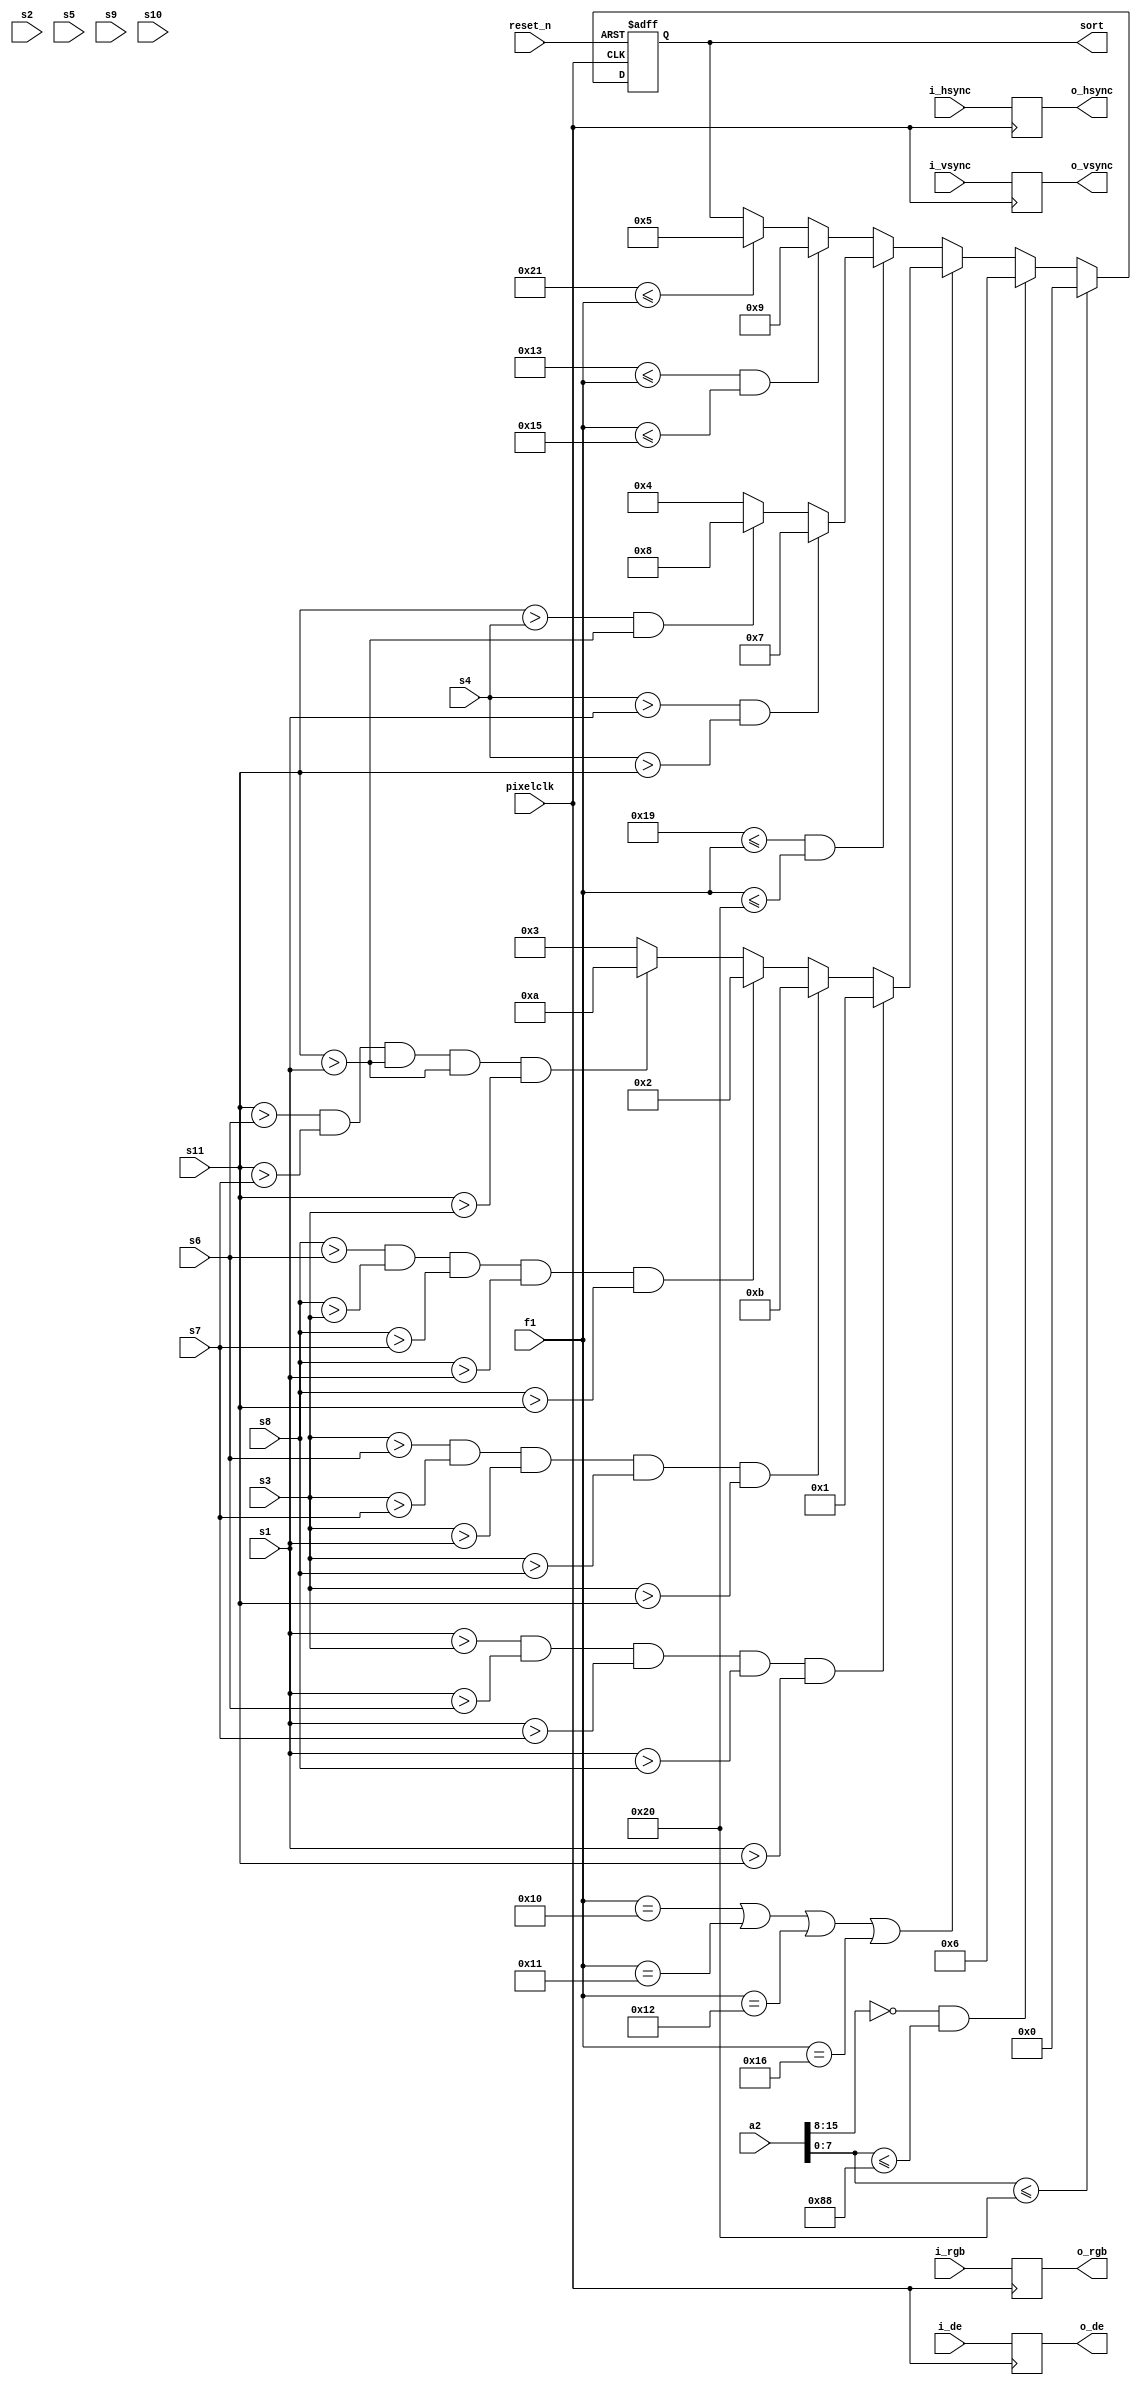

module judge_features_1(
        
       input						        pixelclk,
	   input                                reset_n,
  	   input          [23:0]                i_rgb,
	   input						        i_hsync,
	   input							    i_vsync,
	   input							    i_de,

       input       [15:0]                   a2,	               
       input       [7:0]                    f1,
       input       [23:0]                   s1,
       input       [23:0]                   s2,
       input       [23:0]                   s3,
       input       [23:0]                   s4,
       input       [23:0]                   s5,
       input       [23:0]                   s6,
       input       [23:0]                   s7,
       input       [23:0]                   s8,
       input       [23:0]                   s9,
       input       [23:0]                   s10,
       input       [23:0]                   s11,
                   
       output      [3:0]                    sort,
       output      [23:0]                   o_rgb,
	   output							    o_hsync,
	   output							    o_vsync,                                                                                                  
	   output						        o_de




 );

reg[23:0]                 i_rgb_r;
	
reg                       hsync_r;
reg                       vsync_r;
reg                       de_r;
reg [3:0]                 sort1;
       
always @(posedge pixelclk) begin
  hsync_r <= i_hsync;
  vsync_r <= i_vsync;
  de_r    <= i_de;
  i_rgb_r <=i_rgb;

end

assign o_hsync = hsync_r;
assign o_vsync = vsync_r;
assign o_de    = de_r;
assign o_rgb   = i_rgb_r; 
assign sort=sort1;



always @(posedge pixelclk or negedge reset_n)

 begin

      if(!reset_n)
      
        sort1<=4'd0;
      else if(a2[7:0]<=8'h20) 

                      sort1<= 'd0;
        	
      
       else if(a2[15:8]==0&&a2[7:0]<=8'h88)  
     
       	         sort1<=4'd6;
                        
			   else begin
                     if(f1==8'h10||f1==8'h11||f1==8'h12||f1==8'h16)  begin

                        if(s1>s3&&s1>s6&&s1>s7&&s1>s8&&s1>s11) 

                          begin  
					    
                           sort1<=4'd1;

                           end
                        else  if(s3>s6&&s3>s7&&s3>s1&&s3>s8&&s3>s11)  
                        
  					       sort1<=4'd11;	
				       
                        else if(s8>s6&&s8>s3&&s8>s7&&s8>s1&&s8>s11) 
                          
					      sort1<=4'd2;
                       
                        else if(s11>s6&&s11>s7&&s11>s1&&s11>s1&&s11>s3) 

                          begin  
                       
                          sort1<=4'd10;
						  
                          end              
                        else  
                          
					      sort1<=4'd3;
                        end 
                  else if( 8'h19 <= f1 && f1 <=8'h20)  begin
				  
                       if(s4>s1&&s4>s11)  
                       
					   sort1<=4'd7;
                     
                      else if(s11>s4&&s11>s1)
                       
					   sort1<=4'd8;
                      
                      else 
                       
					   sort1<=4'd4; //3 6 7
                                   
                   end

		         else if(8'h13 <= f1 &&f1<=8'h15)  begin

                           sort1<=4'd9;


	                   end
					   
		        else  if( 8'h21 <= f1)  
                    
					sort1<=4'd5;
             			       			  
			 else  sort1 <= sort1 ;
        end
      
      end 


endmodule